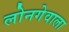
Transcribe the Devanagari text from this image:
लोनगेवाला